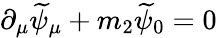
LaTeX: \partial_{\mu}\widetilde{\psi}_{\mu}+m_{2}\widetilde{\psi}_{0}=0